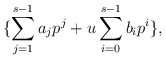
\begin{align*}\{\sum_{j=1}^{s-1}a_jp^j+u\sum_{i=0}^{s-1}b_ip^i\},\end{align*}